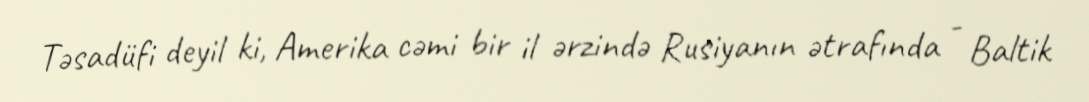
Təsadüfi deyil ki, Amerika cəmi bir il ərzində Rusiyanın ətrafında - Baltik